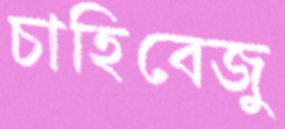
চাহিবেজু